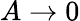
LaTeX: A\to 0